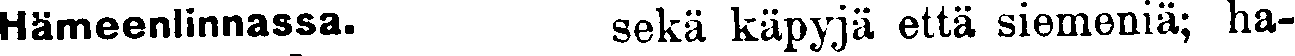
Hämeenlinnassa.  sekä käpyjä että siemeniä; ha-